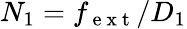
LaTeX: N_{1}=f_{\mathrm{~e~x~t~}}/D_{1}